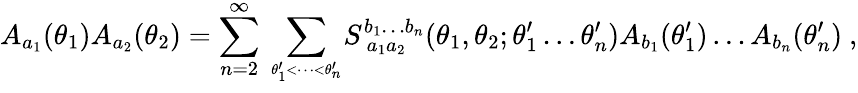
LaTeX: A_{a_{1}}(\theta_{1})A_{a_{2}}(\theta_{2})=\sum_{n=2}^{\infty}\, \sum_{\theta_{1}^{\prime}{<}\dots{<}\theta_{n}^{\prime}\atop{}}\! S_{~a_{1}a_{2}}^{b_{1}\dots b_{n}}(\theta_{1},\theta_{2};\theta_{1}^{\prime}\dots\theta_{n}^{\prime})A_{b_{1}}(\theta_{1}^{\prime})\dots A_{b_{n}}(\theta_{n}^{\prime})~,